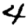
Digit: 4